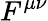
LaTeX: F^{\mu\nu}